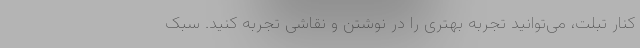
کنار تبلت، می‌توانید تجربه بهتری را در نوشتن و نقاشی تجربه کنید. سبک